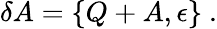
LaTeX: \delta A=\{ Q+A,\epsilon\} ~.